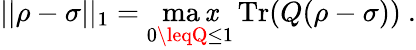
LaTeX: ||\rho-\sigma||_{1}=\operatorname*{ma\mathit{x}}_{0\leqQ\leq1}\operatorname{Tr}(Q(\rho-\sigma))~.